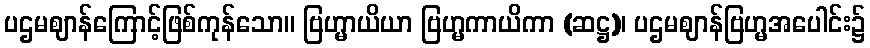
ပဌမဈာန်ကြောင့်ဖြစ်ကုန်သော။ ဗြဟ္မာယိယာ ဗြဟ္မကာယိကာ (ဆဋ္ဌ)၊ ပဌမဈာန်ဗြဟ္မအပေါင်း၌